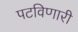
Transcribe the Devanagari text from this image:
पटविणारी